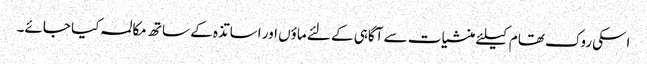
اسکی روک تھام کیلئے منشیات سے آگاہی کے لئے ماؤں اور اساتذہ کے ساتھ مکالمہ کیا جائے۔